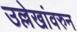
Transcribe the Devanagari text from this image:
उल्लेखांवरुन